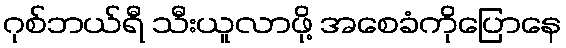
ဂုစ်ဘယ်ရီ သီးယူလာဖို့ အစေခံကိုပြောနေ